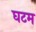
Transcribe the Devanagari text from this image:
घटम